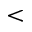
<